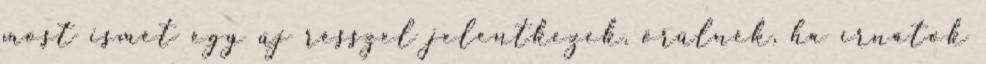
most ismét egy új résszel jelentkezek, örülnék, ha írnátok